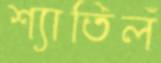
শ্যাতিলঁ